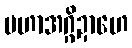
မဟာအဂ္ဂိဍာဟေ